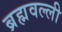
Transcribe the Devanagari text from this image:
ब्रह्मवल्ली